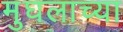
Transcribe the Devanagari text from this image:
मुघलाच्या